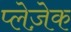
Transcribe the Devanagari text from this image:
प्लेज़ेक